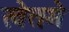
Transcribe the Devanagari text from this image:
खेतमे